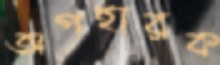
অপহারক